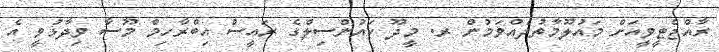
ރާއްޖެޓީވީއަށް މައުލޫމާތުދެއްވަމުން ރ. މީދޫ ކައުންސިލްގެ ރައީސް އިބްރާހިމް މޫސާ ވިދާޅުވީ އެ